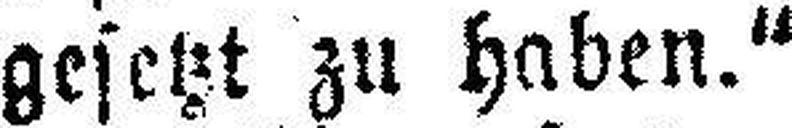
gesetzt zu haben.“